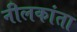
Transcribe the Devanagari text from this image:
नीलकांता